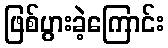
ဖြစ်ပွားခဲ့ကြောင်း